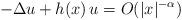
\begin{align*}-\Delta u + h(x)\,u = O(|x|^{-\alpha})\end{align*}